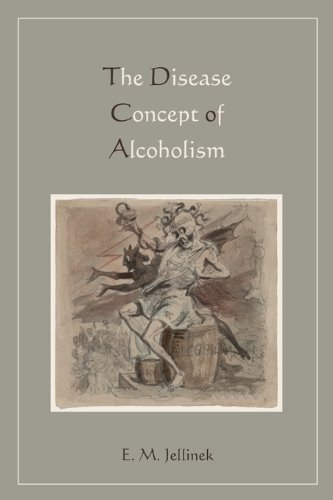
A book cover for Disease Concept of Alcoholism; E. M. Jellinek; Health, Fitness & Dieting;